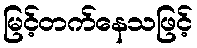
မြင့်တက်နေသဖြင့်